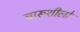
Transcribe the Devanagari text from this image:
चारूशीलो